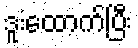
ဒူးထောက်ပြီး